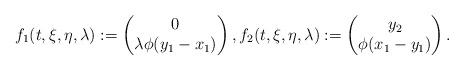
LaTeX: \begin{align*}f_1(t,\xi,\eta,\lambda):=\begin{pmatrix}0\\ \lambda\phi(y_1-x_1)\end{pmatrix},f_2(t,\xi,\eta,\lambda):=\begin{pmatrix}y_2\\ \phi(x_1-y_1)\end{pmatrix}.\end{align*}